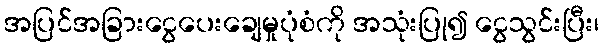
အပြင်အခြားငွေပေးချေမှုပုံစံကို အသုံးပြု၍ ငွေသွင်းပြီး၊